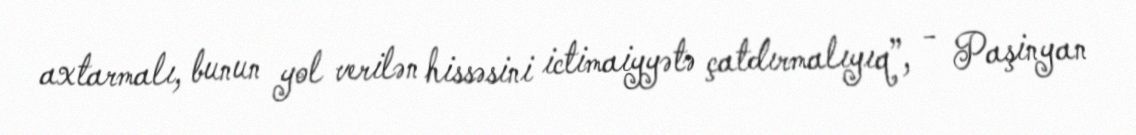
axtarmalı, bunun yol verilən hissəsini ictimaiyyətə çatdırmalıyıq”, - Paşinyan